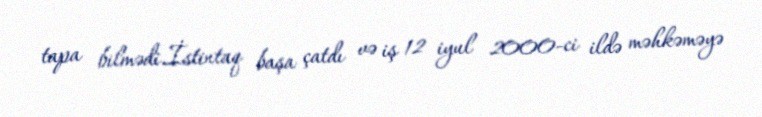
tapa bilmədi.İstintaq başa çatdı və iş 12 iyul 2000-ci ildə məhkəməyə